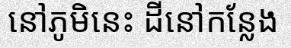
នៅភូមិនេះ ដីនៅកន្លែង